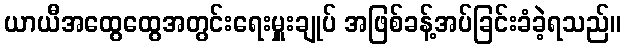
ယာယီအထွေထွေအတွင်းရေးမှူးချုပ် အဖြစ်ခန့်အပ်ခြင်းခံခဲ့ရသည်။